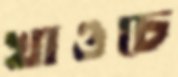
খাওচে